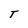
Character: T